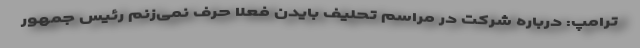
ترامپ: درباره شرکت در مراسم تحلیف بایدن فعلا حرف نمی‌زنم رئیس جمهور